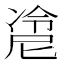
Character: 𰄇